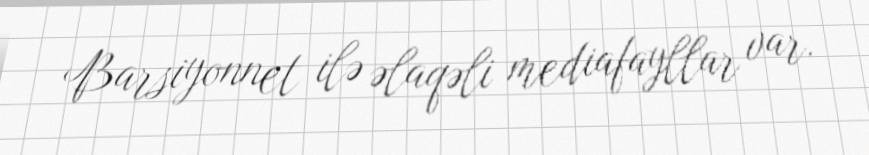
Barsiyonnet ilə əlaqəli mediafayllar var.